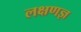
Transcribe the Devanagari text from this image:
लक्षणज्ञ